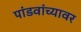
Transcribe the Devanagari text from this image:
पांडवांच्यावर